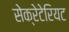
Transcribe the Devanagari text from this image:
सेक्रेटेरियट